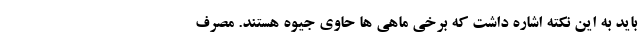
باید به این نکته اشاره داشت که برخی ماهی ها حاوی جیوه هستند. مصرف